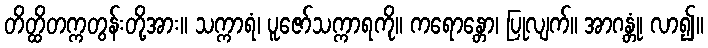
တိတ္ထိတက္ကတွန်းတို့အား။ သက္ကာရံ၊ ပူဇော်သက္ကာရကို။ ကရောန္တော၊ ပြုလျက်။ အာဂန္တုံ၊ လာ၍။